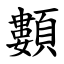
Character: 䫫